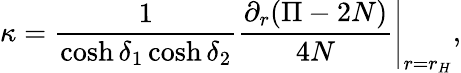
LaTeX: \kappa=\left.{\frac{1}{\cosh\delta_{1}\cosh\delta_{2}}}{\frac{\partial_{r}(\Pi-2N)}{4N}}\right|_{r=r_{H}},